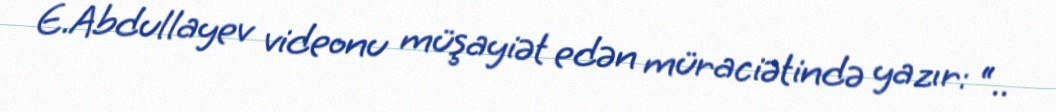
E.Abdullayev videonu müşayiət edən müraciətində yazır: “..